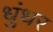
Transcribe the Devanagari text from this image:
धुंधर